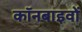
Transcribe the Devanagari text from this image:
कॉनबाइवों